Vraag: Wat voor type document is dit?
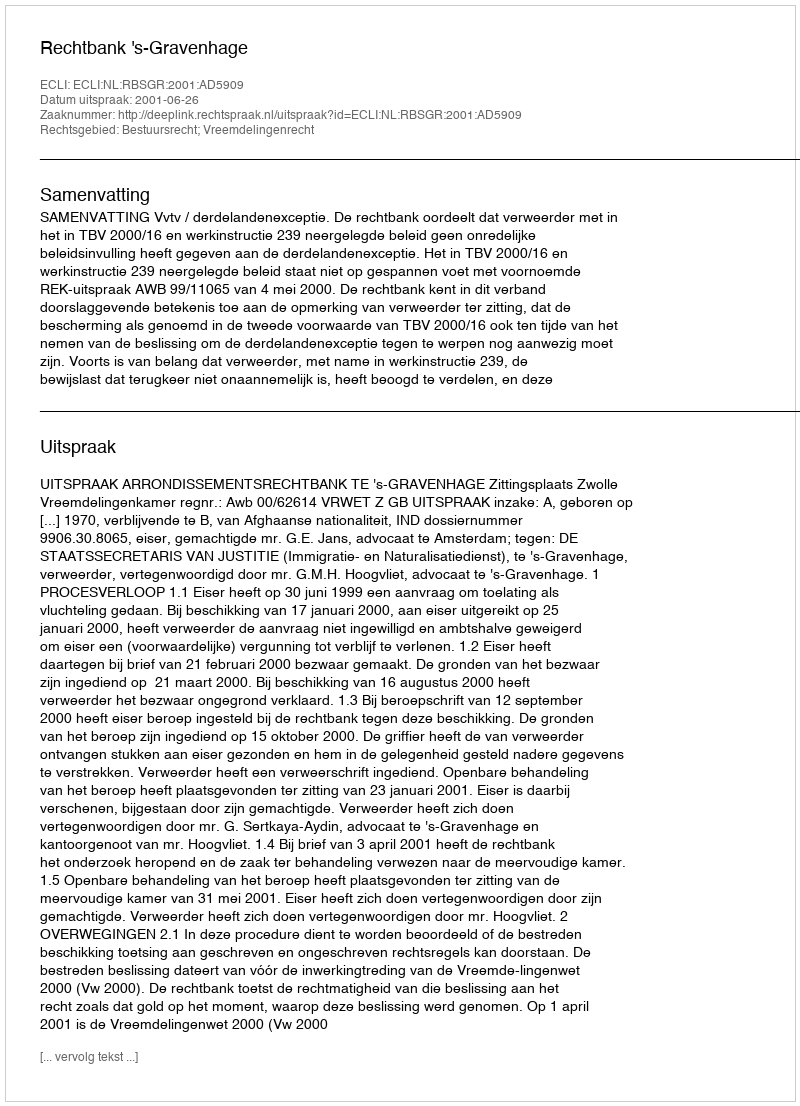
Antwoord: Uitspraak